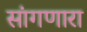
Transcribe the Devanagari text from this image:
सांंगणारा